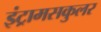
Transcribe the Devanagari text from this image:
इंट्रामसकुलर